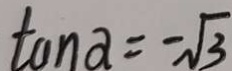
\tan x = - \sqrt { 3 }